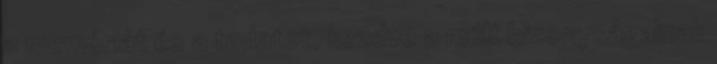
a memóriát és a tudatot, kezdve a múlt bizonyságainak